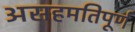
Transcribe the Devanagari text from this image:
असहमतिपूर्ण